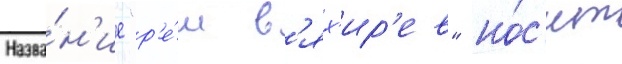
Назва́н'ие "р'е́м в'ях'ир'ев" но́с'ит